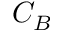
C _ { B }